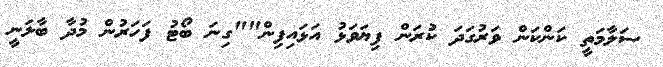
ސަލާމަތީ ކަންކަން ވަރުގަދަ ކުރަން ފިޔަވަޅު އަޅައިފިން""ގިނަ ބޯޓު ފަހަރުން މުދާ ބާލަނީ